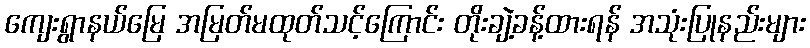
ကျေးရွာနယ်မြေ အမြတ်မထုတ်သင့်ကြောင်း တိုးချဲ့ခန့်ထားရန် အသုံးပြုနည်းများ